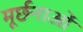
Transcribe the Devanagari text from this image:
मूर्छनाओं